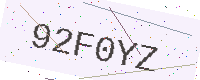
Text: 92F0YZ